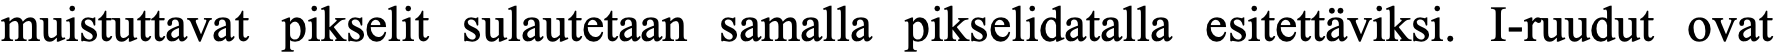
muistuttavat pikselit sulautetaan samalla pikselidatalla esitettäviksi. I-ruudut ovat